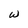
Character: w